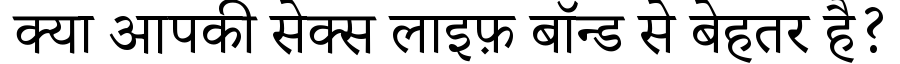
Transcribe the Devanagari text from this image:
क्या आपकी सेक्स लाइफ़ बॉन्ड से बेहतर है?